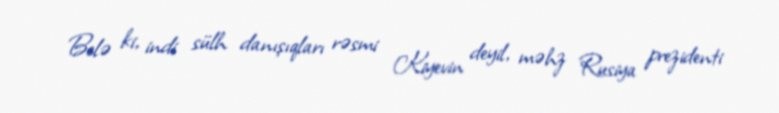
Belə ki, indi sülh danışıqları rəsmi Kiyevin deyil, məhz Rusiya prezidenti